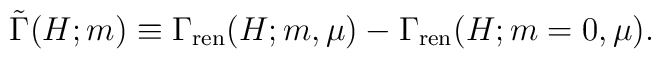
\tilde{\Gamma}(H;m)\equiv \Gamma_{\rm ren}(H;m,\mu)-\Gamma_{\rm ren}(H;m=0,\mu).